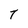
Character: T